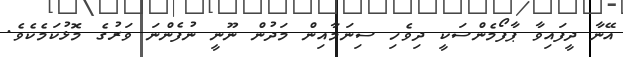
އޭނާ ދީފައިވާ ޕާފޯމެންސަކީ ދިވެހި ސިނަމާއިން މަދުން ނޫނީ ނުފެންނަ ވަރުގެ މޮޅުކަމެކެވެ.